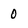
Character: 0